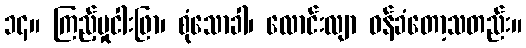
၁၄။ ကြည့်မှုငါးဖြာ၊ စုံသောခါ၊ လောင်းလျာ ဝန်ခံတော့သတည်း။